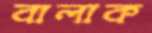
বালাক